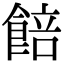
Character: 餢